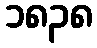
၁၈၃၈